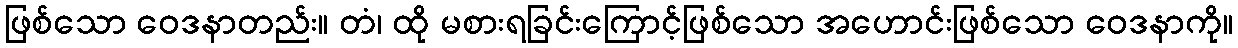
ဖြစ်သော ဝေဒနာတည်း။ တံ၊ ထို မစားရခြင်းကြောင့်ဖြစ်သော အဟောင်းဖြစ်သော ဝေဒနာကို။